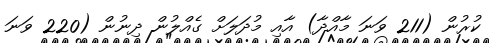
ކުރުން (211 ވަނަ މާއްދާ) އާއި މުދަލަށް ގެއްލުން ދިނުން (220 ވަނަ